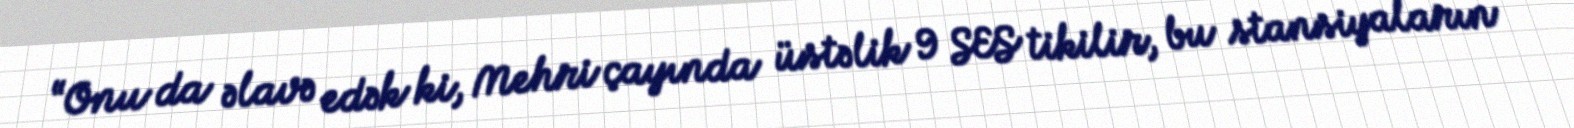
“Onu da əlavə edək ki, Mehri çayında üstəlik 9 SES tikilir, bu stansiyaların